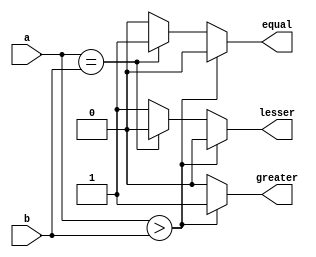
module nbitcomp(a,b,lesser,equal,greater);
parameter n=32;

input [n-1:0]a,b;
output reg lesser,equal,greater;
always@(*)
begin
if(a>b)
begin
lesser=0;equal=0;greater=1;
end
else if(a==b)
begin
lesser=0;equal=1;greater=0;
end
else
begin
lesser=1;equal=0;greater=0;
end
end
endmodule